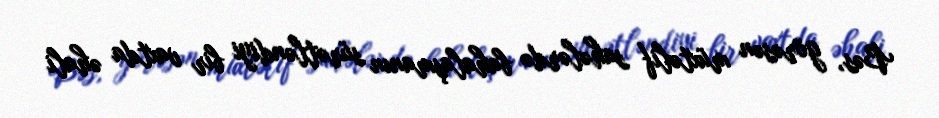
Bəs, görəsən müxtəlif sahələrdə bahalaşmanın sürətləndiyi bir vaxtda əhali